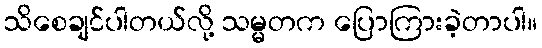
သိစေချင်ပါတယ်လို့ သမ္မတက ပြောကြားခဲ့တာပါ။